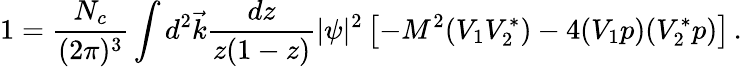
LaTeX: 1={\frac{N_{c}}{(2\pi)^{3}}}\int d^{2}\vec{k}{\frac{dz}{z(1-z)}}|\psi|^{2}\left[-M^{2}(V_{1}V_{2}^{*})-4(V_{1}p)(V_{2}^{*}p)\right]\, .